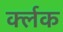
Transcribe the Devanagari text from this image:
र्क्लक